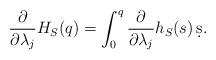
LaTeX: \begin{align*} \frac{\partial}{\partial \lambda_j} H_S(q) = \int_0^q \frac{\partial}{\partial \lambda_j} h_S(s) \, \d s.\end{align*}